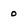
Character: 0